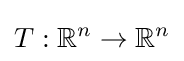
T:\mathbb {R} ^{n}\to \mathbb {R} ^{n}